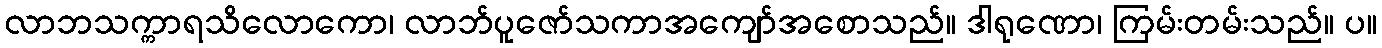
လာဘသက္ကာရသိလောကော၊ လာဘ်ပူဇော်သကာအကျော်အစောသည်။ ဒါရုဏော၊ ကြမ်းတမ်းသည်။ ပ။